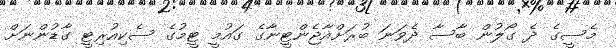
މެސީގެ ދެ ގޯލުން ބާސާ ދެވަނަ ބުރަށްއާޖެންޓީނާގެ ގައުމީ ޓީމުގެ ސެކިއުރިޓީ ގާޑުންނަށް